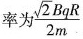
率为\frac{\sqrt{2}BqR}{2m}